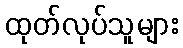
ထုတ်လုပ်သူများ